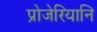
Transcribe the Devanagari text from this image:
प्रोजेरियानि